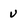
Character: v